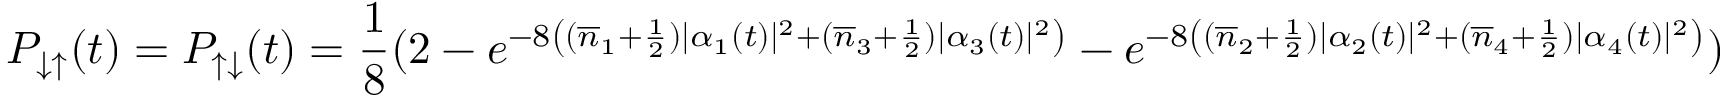
P _ { \downarrow \uparrow } ( t ) = P _ { \uparrow \downarrow } ( t ) = \frac { 1 } { 8 } ( 2 - e ^ { - 8 \left( ( \overline { { n } } _ { 1 } + \frac { 1 } { 2 } ) | \alpha _ { 1 } ( t ) | ^ { 2 } + ( \overline { { n } } _ { 3 } + \frac { 1 } { 2 } ) | \alpha _ { 3 } ( t ) | ^ { 2 } \right) } - e ^ { - 8 \left( ( \overline { { n } } _ { 2 } + \frac { 1 } { 2 } ) | \alpha _ { 2 } ( t ) | ^ { 2 } + ( \overline { { n } } _ { 4 } + \frac { 1 } { 2 } ) | \alpha _ { 4 } ( t ) | ^ { 2 } \right) } )